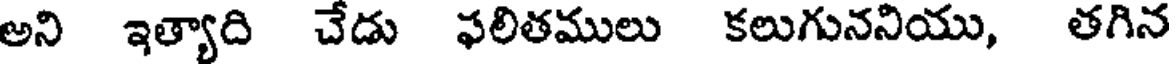
అని ఇత్యాది చేడు ఫలితములు కలుగుననియు, తగిన